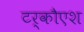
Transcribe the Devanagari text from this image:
टर्कौएश